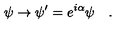
\psi \to \psi ^ { \prime } = e ^ { i \alpha } \psi \quad .